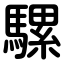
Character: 騾